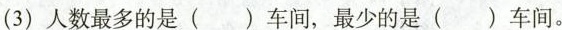
(3)人数最多的是( )车间，最少的是( )车间。